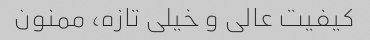
کیفیت عالی و خیلی تازه، ممنون